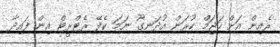
ރެއިން އަށް ހަޖަމް ކުރަން އުދަނގޫ ނަމަ ކެފޭ ރެޓްރީޓް އިން ފައިދާ